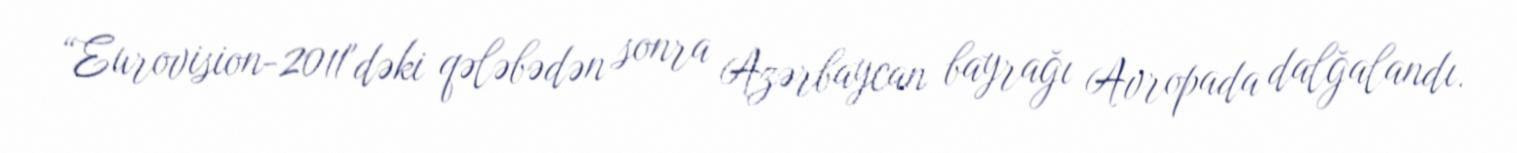
“Eurovision-2011"dəki qələbədən sonra Azərbaycan bayrağı Avropada dalğalandı.